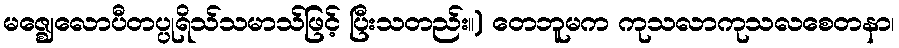
မဇ္ဈေလောပီတပ္ပုရိသ်သမာသ်ဖြင့် ပြီးသတည်း။) တေဘူမက ကုသလာကုသလစေတနာ၊